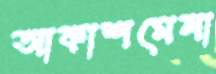
আকাশমেলা